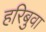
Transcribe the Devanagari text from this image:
हरिबुवा